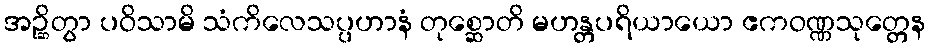
အဉ္ဆိတွာ ပဝိသာမိ သံကိလေသပ္ပဟာနံ တုစ္ဆောတိ မဟန္တပရိယာယော ဧကဝဏ္ဏသုတ္တေန